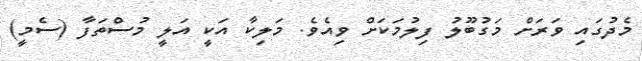
މެދުގައި ވަރަށް މަގުބޫލު ފިލުމަކަށް ވިއެވެ. މަލިކާ އަކީ އަލީ މުސްތަފާ (ސެމީ)